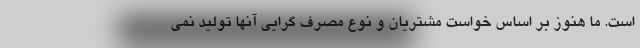
است. ما هنوز بر اساس خواست مشتریان و نوع مصرف گرایی آنها تولید نمی